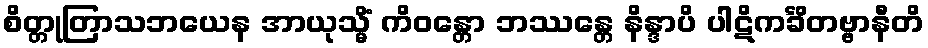
စိတ္တုတြာသဘယေန အာယုသ္မိံ ကိဝန္တော ဘဿန္တေ နိန္ဒာပိ ပါဋိကင်္ခိတဗ္ဗာနီတိ